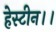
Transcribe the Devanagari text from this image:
हेस्टीन।।